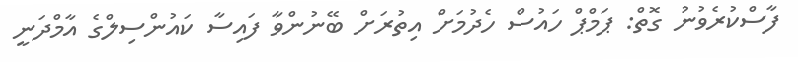
ފާސްކުރެވުނު ގޮތް: ޕަމްޕް ހައުސް ހެދުމަށް އިތުރަށް ބޭނުންވާ ފައިސާ ކައުންސިލްގެ އާމްދަނީ